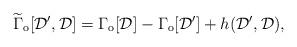
LaTeX: \begin{align*}\widetilde{\Gamma}_{\rm o}[{\cal D}',{\cal D}] = \Gamma_{\rm o}[{\cal D}]- \Gamma_{\rm o}[{\cal D}'] + h({\cal D}',{\cal D}) , \end{align*}